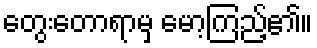
တွေးတောရာမှ မော့ကြည့်၏။